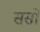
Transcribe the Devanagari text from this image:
सर्सो